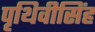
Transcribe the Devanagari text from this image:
पृथिवीसिंह